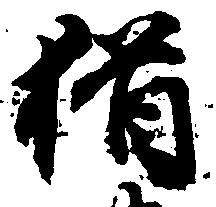
猶